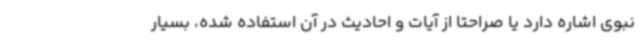
نبوی اشاره دارد یا صراحتا از آیات و احادیث در آن استفاده شده، بسیار